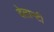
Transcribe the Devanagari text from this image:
देलान्टी